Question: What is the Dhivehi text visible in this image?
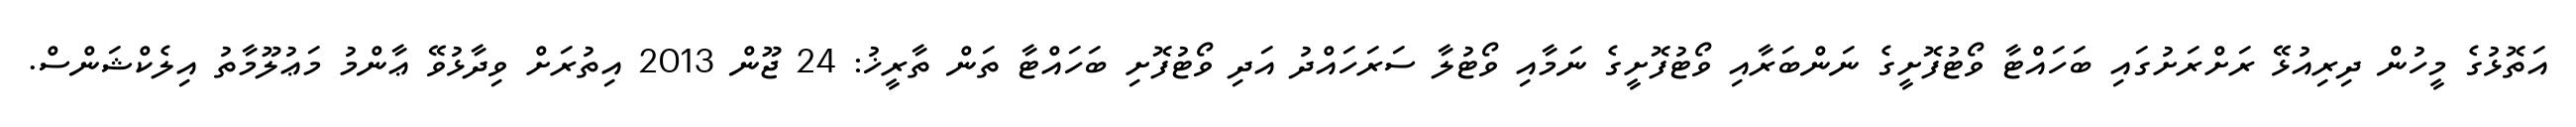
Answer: އަތޮޅުގެ މީހުން ދިރިއުޅޭ ރަށްރަށުގައި ބަހައްޓާ ވޯޓުފޮށީގެ ނަންބަރާއި ވޯޓުފޮށީގެ ނަމާއި ވޯޓުލާ ސަރަހައްދު އަދި ވޯޓުފޮށި ބަހައްޓާ ތަން ތާރީޚު: 24 ޖޫން 2013 އިތުރަށް ވިދާޅުވޭ ޢާންމު މަޢުލޫމާތު އިލެކްޝަންސް.